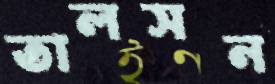
তালসন